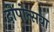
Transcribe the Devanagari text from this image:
दीपोत्सवा